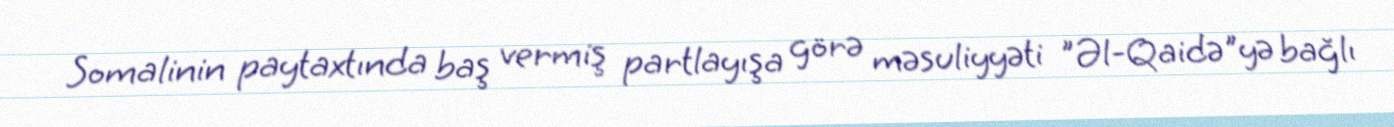
Somalinin paytaxtında baş vermiş partlayışa görə məsuliyyəti "Əl-Qaidə"yə bağlı